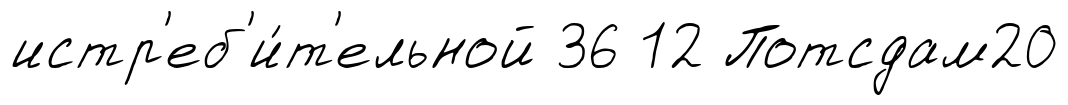
истр'еб'и́т'ельной 36 12 Потсдам20